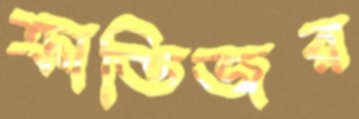
ক্রাভিজর